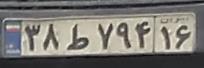
۳۸ط۷۹۴۱۶